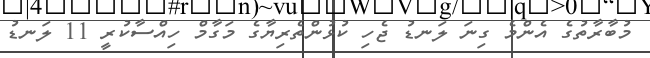
މުބާރާތުގެ އެންމެ ގިނަ ލަނޑު ޖެހި ކުޅުންތެރިޔާގެ މަގާމް ހިއްސާކުރީ 11 ލަނޑު